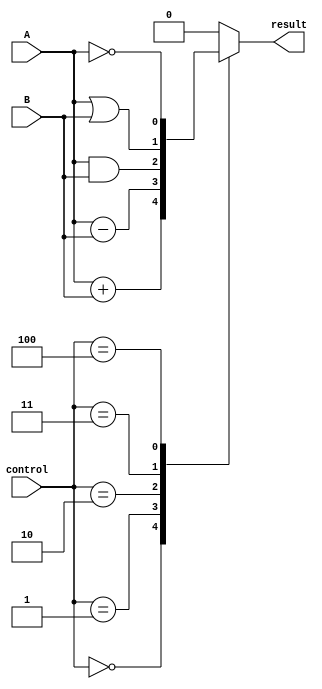
module ALU_1bit(
    input wire A,
    input wire B,
    input wire [2:0] control,
    output reg result
);

always @(*)
begin
    case(control)
        3'b000: result = A + B; // addition
        3'b001: result = A - B; // subtraction
        3'b010: result = A & B; // bitwise AND
        3'b011: result = A | B; // bitwise OR
        3'b100: result = ~A;    // bitwise NOT
        default: result = 1'b0; // default to zero output
    endcase
end

endmodule